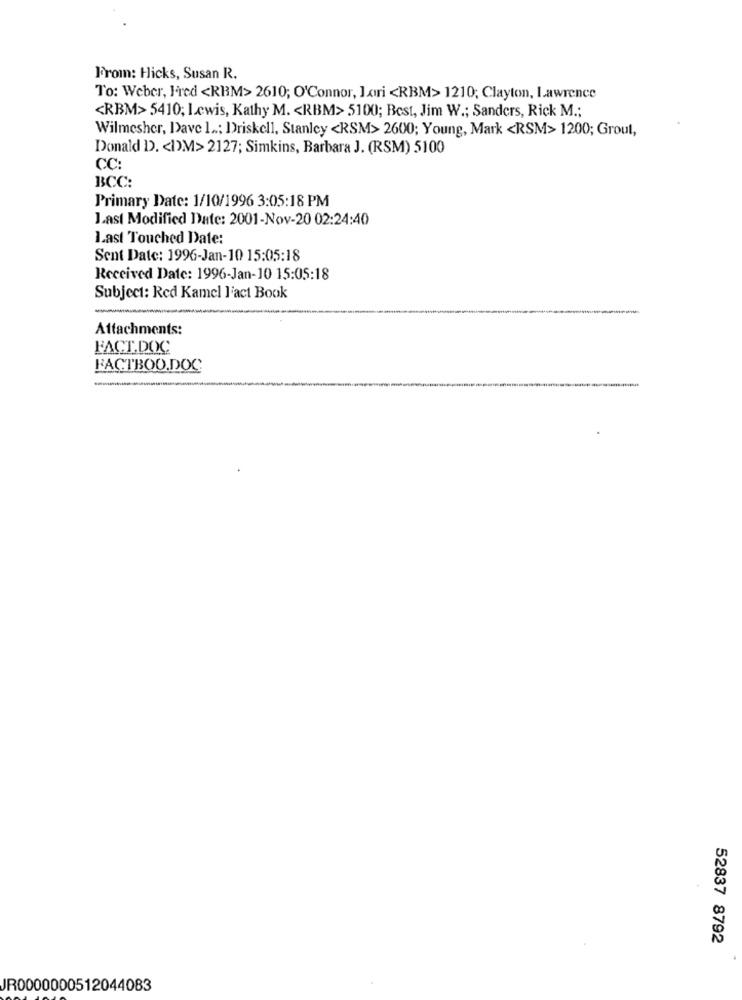
From: Hicks, Susan R.
To: Weber, Fred <RBM> 2610; O'Connor, Lori <RBM> 1210; Clayton, Lawrence
<RBM> 5410; Lewis, Kathy M. < RBM> 5100; Best, Jim W .; Sanders, Rick M .;
Wilmesher, Dave 1 ..; Driskell, Stanley <RSM> 2600; Young, Mark <RSM> 1200; Grout,
Donald D. < DM> 2127; Simkins, Barbara J. (RSM) 5100
CC:
BCC:
Primary Date: 1/10/1996 3:05:18 PM
Last Modified Date: 2001-Nov-20 02:24:40
Last Touched Date:
Sent Date: 1996-Jan-10 15:05:18
Received Date: 1996-Jan-10 15:05:18
Subject: Red Kamel l'act Book
Attachments:
FACT.DOC
FACTBOO.DOC
52837 8792
JR0000000512044083